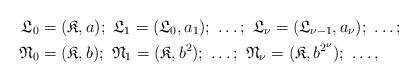
LaTeX: \begin{align*}\mathfrak{L}_{0} &= (\mathfrak{K}, a);\ \mathfrak{L}_{1} = (\mathfrak{L}_{0}, a_{1});\ \dots;\ \mathfrak{L}_{\nu} = (\mathfrak{L}_{\nu - 1}, a_{\nu});\ \dots; \\\mathfrak{N}_{0} &= (\mathfrak{K}, b);\ \mathfrak{N}_{1} = (\mathfrak{K}, b^{2});\ \dots;\ \mathfrak{N}_{\nu} = (\mathfrak{K}, b^{2^{\nu}});\ \dots,\end{align*}